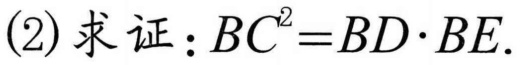
(2)求证：$BC^{2}=BD\cdot BE$.